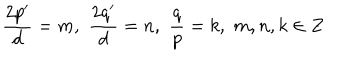
\frac { 2 p ^ { \prime } } { d } = m , \, \, \frac { 2 q ^ { \prime } } { d } = n , \, \, \frac { q } { p } = k , \, \, m , n , k \in Z